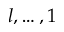
l , \ldots , 1